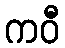
ကဝီ